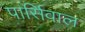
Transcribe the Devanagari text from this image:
पार्सिवाल